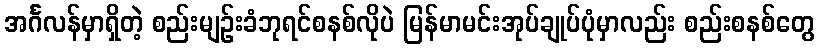
အင်္ဂလန်မှာရှိတဲ့ စည်းမျဉ်းခံဘုရင်စနစ်လိုပဲ မြန်မာမင်းအုပ်ချုပ်ပုံမှာလည်း စည်းစနစ်တွေ